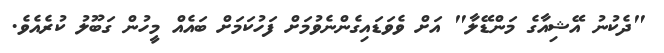
"ދެކުނު އޭޝިއާގެ މަންޑޭލާ" އަށް ވެވަޑައިގެންނެވުމަށް ފަހުކަމަށް ބައެއް މީހުން ގަބޫލު ކުރެއެވެ.